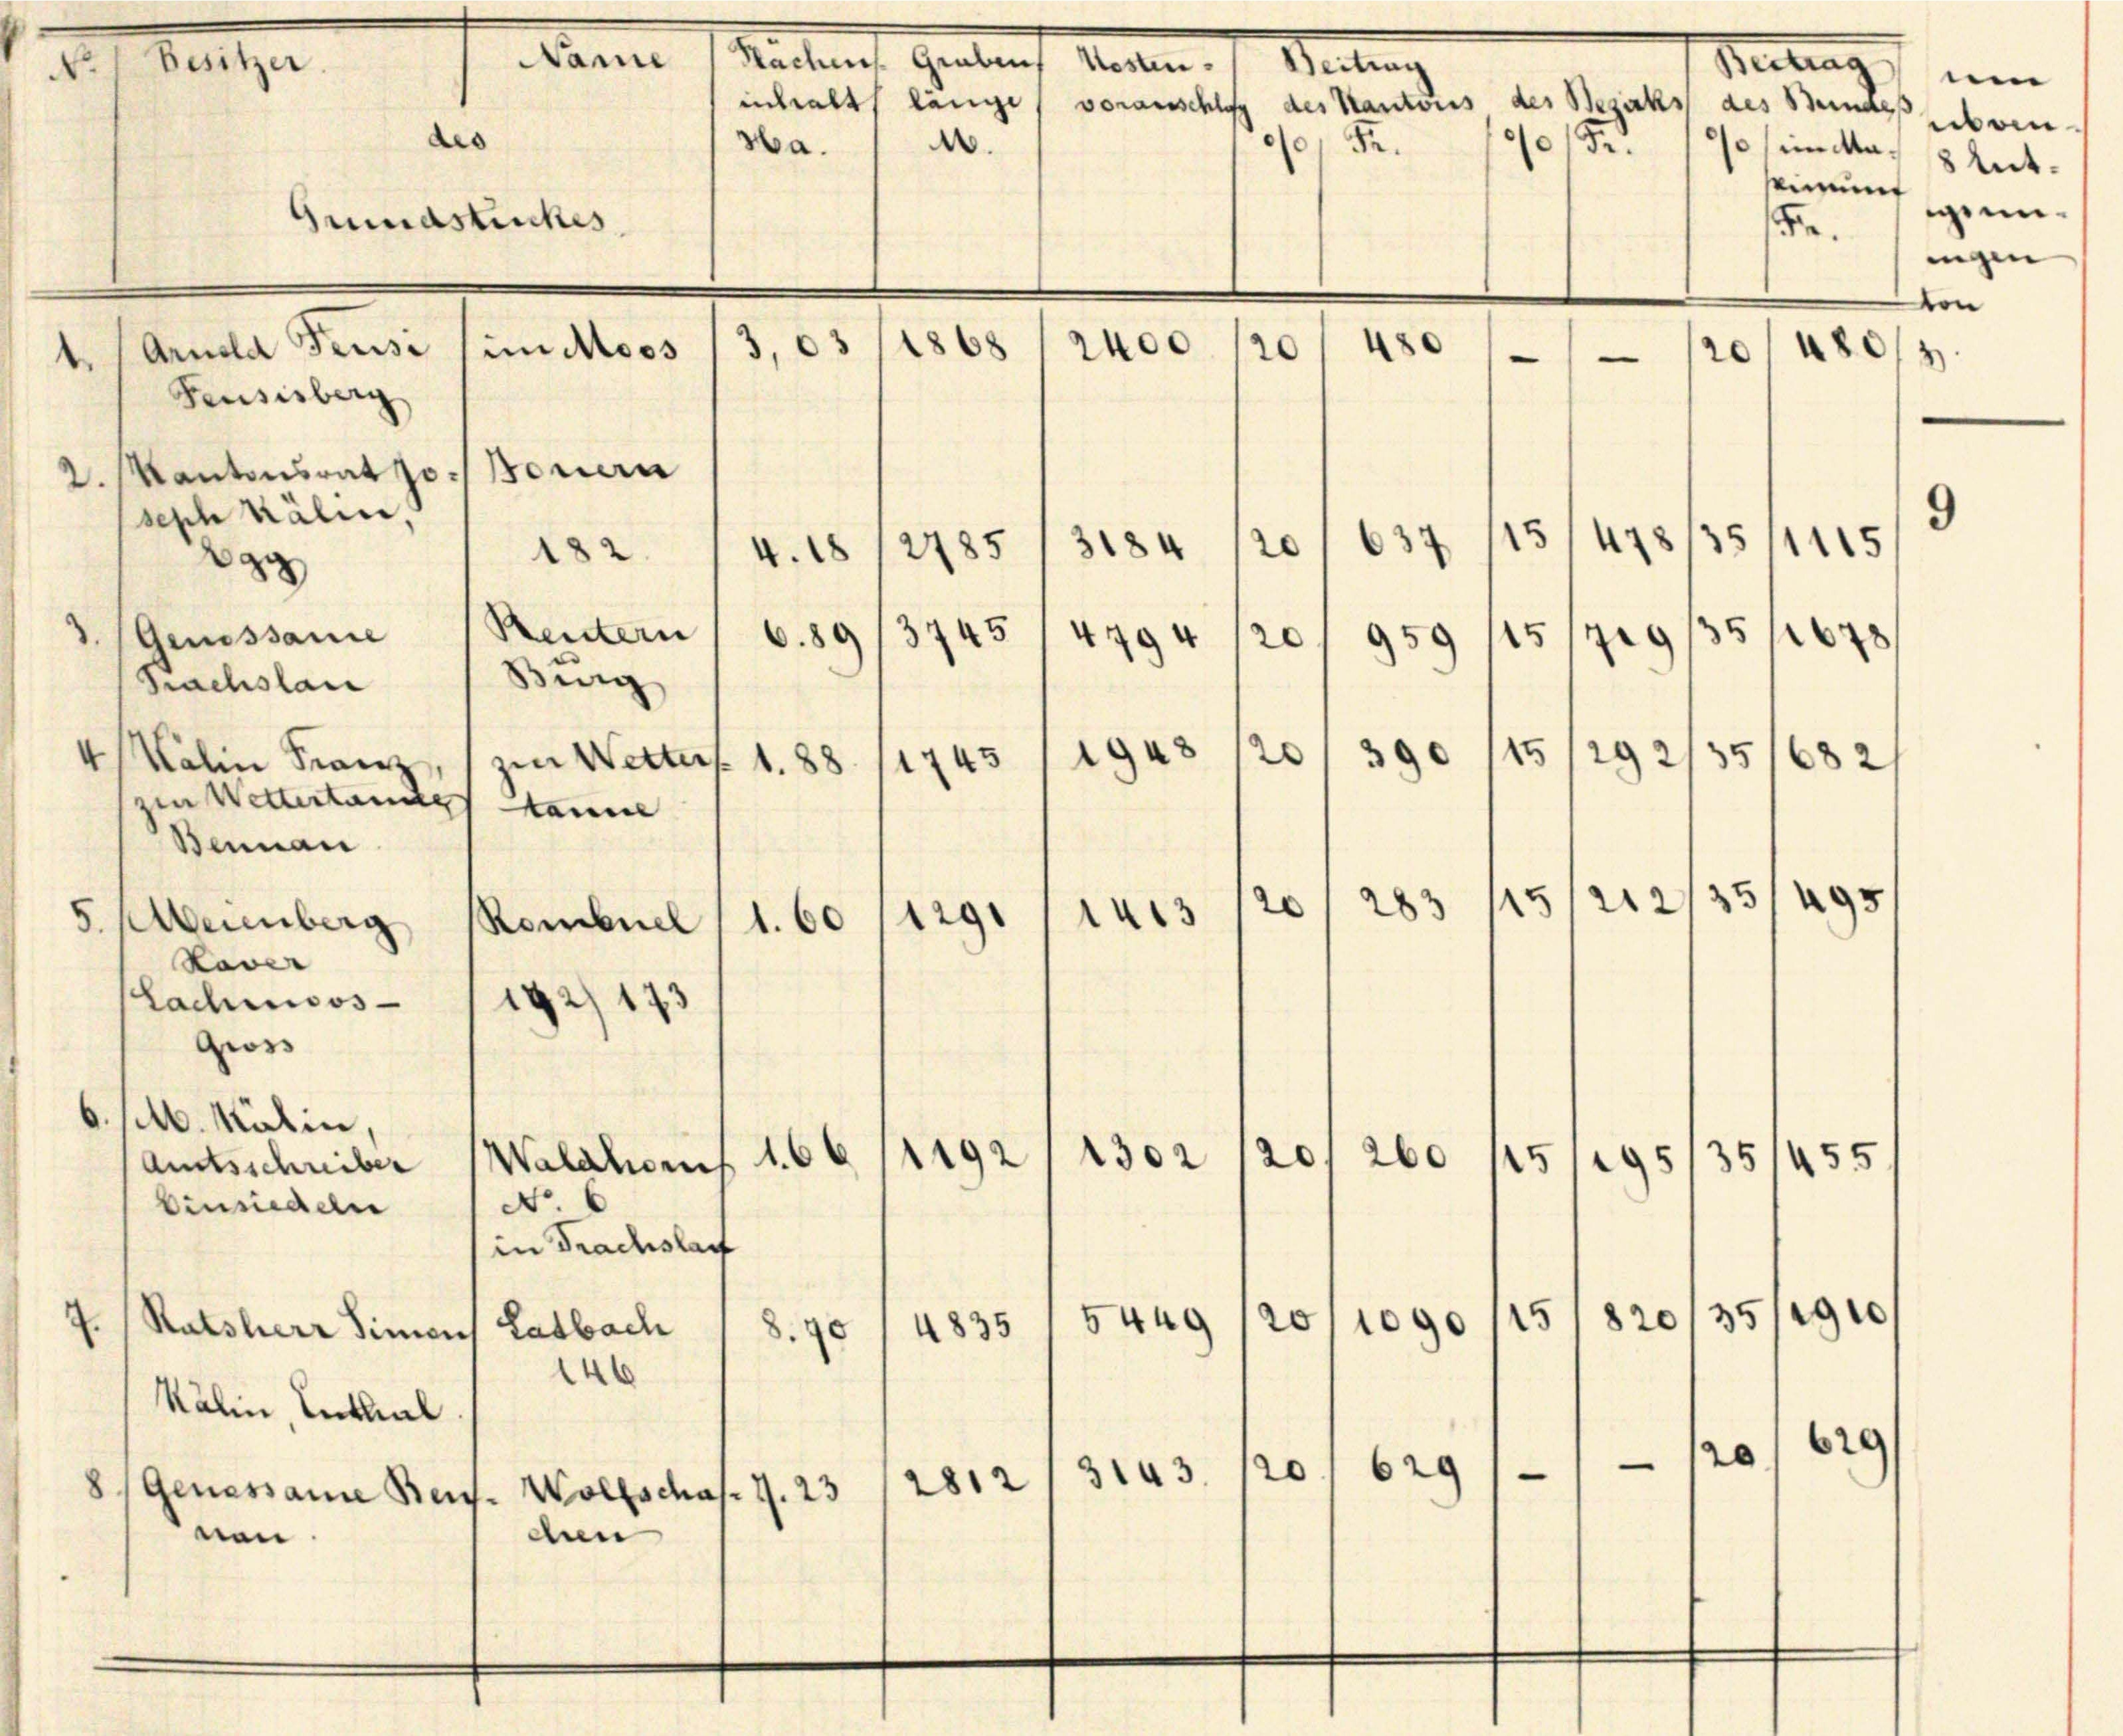
Batze
.

d

Grundstückes
5,03/1868
Arnold Feusi (im Moos
Feusisberg
2. Kantonsrat J. Bauern
seph Kälin,
3184
182 (4.18/2785
2

5 Meienberg
Haver
Lachiisos
gross

des

4Walin Franz, zur Wetters. 1. 88

3. (Genossame
Sachslan
zin Wettertannes kanne
Bennan

6. selb. Kälin
Walahor
Amtsschreiber
binsiedeln
Ratsherr Simons Latbach
8.10
Al
Kälin, Enthal
8/Genessame Reuss. Wollschaf. J. 23
nen
den

Tanne
Sachen Gebrach Marten Teilung

No.
(in Frachslau

.
Ha.
Fe.

Rentern
6.89/3745
429
Burg
1948
1743
3
129
1.60
Rombuel
192/173

16
1192

2302
20/260
20
629
3143.
2812

20
e

2400

enchalt länge, vorauschlag des Kantons des Besacks des Bemals even

80

90 Fr. 10 im Mai 8 Art.
seimunt
enn¬
5.
iigen |
von

Betrag um

20
r
2)

15/7815445/9
3
20
35 f 678
15/9
20/959
0
15/292/35/682
390
22/35/495
20
5
283

351455.
4595

820/35/190
20/1090/25
4835 " 5449

629
20